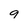
Character: 9